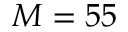
M = 5 5